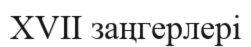
XVII заңгерлері